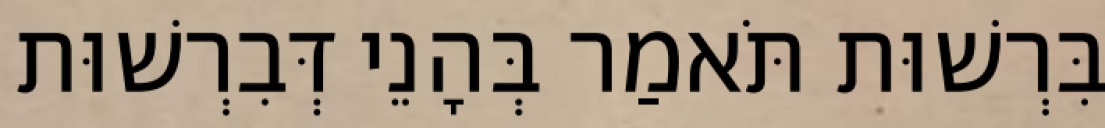
בִּרְשׁוּת תֹּאמַר בְּהָנֵי דְּבִרְשׁוּת